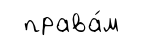
права́м